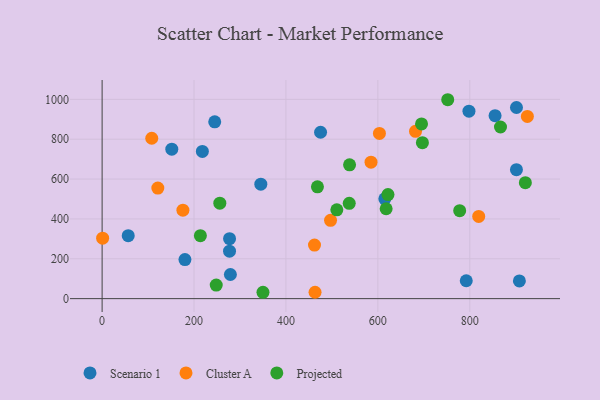
{"axis": {"x": "Ad Spend", "y": "Rating"}, "legend": ["Cluster A", "Projected", "Scenario 1"], "data": [{"x": "475.3", "y": 835.0, "type": "Scenario 1"}, {"x": "798.2", "y": 940.5, "type": "Scenario 1"}, {"x": "901.6", "y": 959.2, "type": "Scenario 1"}, {"x": "792.3", "y": 89.8, "type": "Scenario 1"}, {"x": "907.9", "y": 89.0, "type": "Scenario 1"}, {"x": "245.0", "y": 887.2, "type": "Scenario 1"}, {"x": "180.2", "y": 195.9, "type": "Scenario 1"}, {"x": "615.1", "y": 501.1, "type": "Scenario 1"}, {"x": "277.3", "y": 301.1, "type": "Scenario 1"}, {"x": "218.1", "y": 738.5, "type": "Scenario 1"}, {"x": "345.3", "y": 574.2, "type": "Scenario 1"}, {"x": "855.0", "y": 918.0, "type": "Scenario 1"}, {"x": "56.8", "y": 315.7, "type": "Scenario 1"}, {"x": "279.1", "y": 121.1, "type": "Scenario 1"}, {"x": "151.6", "y": 750.0, "type": "Scenario 1"}, {"x": "901.5", "y": 647.0, "type": "Scenario 1"}, {"x": "277.2", "y": 238.2, "type": "Scenario 1"}, {"x": "463.3", "y": 32.1, "type": "Cluster A"}, {"x": "681.9", "y": 839.7, "type": "Cluster A"}, {"x": "108.0", "y": 804.8, "type": "Cluster A"}, {"x": "585.1", "y": 684.9, "type": "Cluster A"}, {"x": "925.3", "y": 914.5, "type": "Cluster A"}, {"x": "1.1", "y": 303.3, "type": "Cluster A"}, {"x": "497.0", "y": 393.1, "type": "Cluster A"}, {"x": "819.4", "y": 412.5, "type": "Cluster A"}, {"x": "603.4", "y": 829.0, "type": "Cluster A"}, {"x": "462.1", "y": 268.6, "type": "Cluster A"}, {"x": "121.2", "y": 555.0, "type": "Cluster A"}, {"x": "175.8", "y": 444.1, "type": "Cluster A"}, {"x": "468.5", "y": 561.1, "type": "Projected"}, {"x": "695.0", "y": 876.6, "type": "Projected"}, {"x": "510.7", "y": 445.9, "type": "Projected"}, {"x": "696.9", "y": 782.7, "type": "Projected"}, {"x": "248.3", "y": 68.0, "type": "Projected"}, {"x": "350.0", "y": 31.9, "type": "Projected"}, {"x": "256.1", "y": 479.2, "type": "Projected"}, {"x": "778.0", "y": 441.4, "type": "Projected"}, {"x": "213.8", "y": 316.1, "type": "Projected"}, {"x": "752.0", "y": 998.2, "type": "Projected"}, {"x": "866.8", "y": 861.2, "type": "Projected"}, {"x": "618.0", "y": 451.0, "type": "Projected"}, {"x": "537.7", "y": 478.4, "type": "Projected"}, {"x": "920.9", "y": 581.8, "type": "Projected"}, {"x": "622.0", "y": 522.2, "type": "Projected"}, {"x": "538.4", "y": 671.4, "type": "Projected"}]}